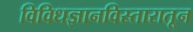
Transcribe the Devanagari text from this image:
विविधज्ञानविस्तारातून